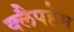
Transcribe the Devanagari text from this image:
क्लैपहेम